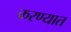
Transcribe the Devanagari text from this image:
करण्यात